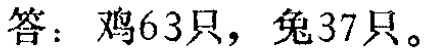
答：鸡63只，兔37只。